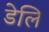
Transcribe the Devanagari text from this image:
डेलि